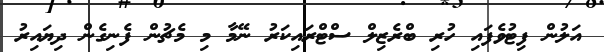
އަލުން ފިޓުވެފައި ހުރި ބްރެޒިލް ސްޓްރައިކަރު ނޭމާ މި މެޗުން ފެނިގެން ދިޔައިރު